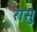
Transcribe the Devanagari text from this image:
रासु